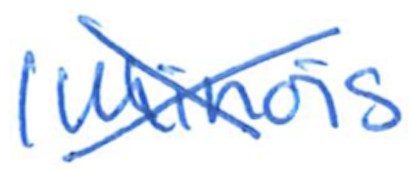
Text: Illinois
Cross-out: cross
Writing tool: ballpoint